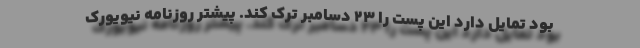
بود تمایل دارد این پست را ۲۳ دسامبر ترک کند. پیشتر روزنامه نیویورک